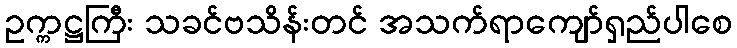
ဥက္ကဋ္ဌကြီး သခင်ဗသိန်းတင် အသက်ရာကျော်ရှည်ပါစေ